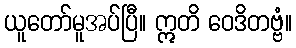
ယူတော်မူအပ်ပြီ။ ဣတိ ဝေဒိတဗ္ဗံ။